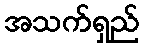
အသက်ရှည်